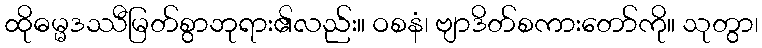
ထိုဓမ္မဒဿီမြတ်စွာဘုရား၏လည်း။ ဝစနံ၊ ဗျာဒိတ်စကားတော်ကို။ သုတွာ၊